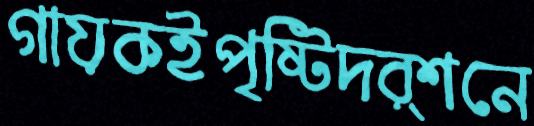
গায়কইপৃষ্টিদর্শনে